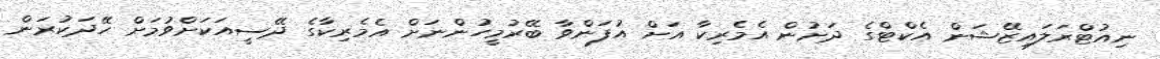
ނިއުޓްރަލައިޒޭޝަން އެކްޓްގެ ދަށުން އެމެރިކާ އަށް އުފަންވާ ބޭރުމީހުންނަށް އެމެރިކާގެ ދޭސީއަކަށްވުމަށް ހޭދަކުރަން